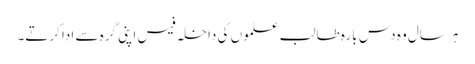
ہر سال وہ دس بارہ طالب علموں کی داخلہ فیس اپنی گرہ سے ادا کرتے۔